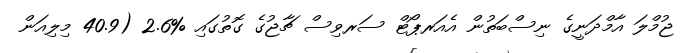
ޖުމްލަ އާމްދަނީގެ ނިސްބަތުން އެއަރޕޯޓް ސަރވިސް ޗާޖުގެ ގޮތުގައި %2.6 (40.9 މިލިއަން